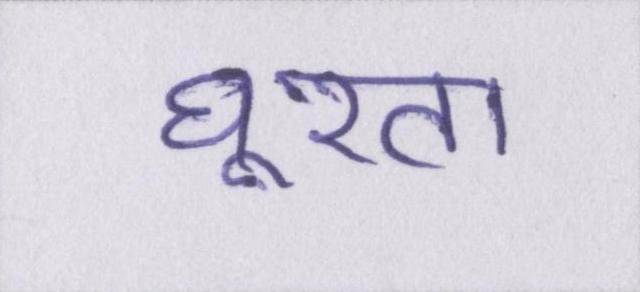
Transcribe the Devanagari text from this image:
घूरता